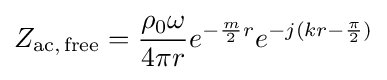
Z_{{\text{ac}},\,{\text{free}}}={\frac {\rho _{0}\omega }{4\pi r}}e^{-{\frac {m}{2}}r}e^{-j(kr-{\frac {\pi }{2}})}